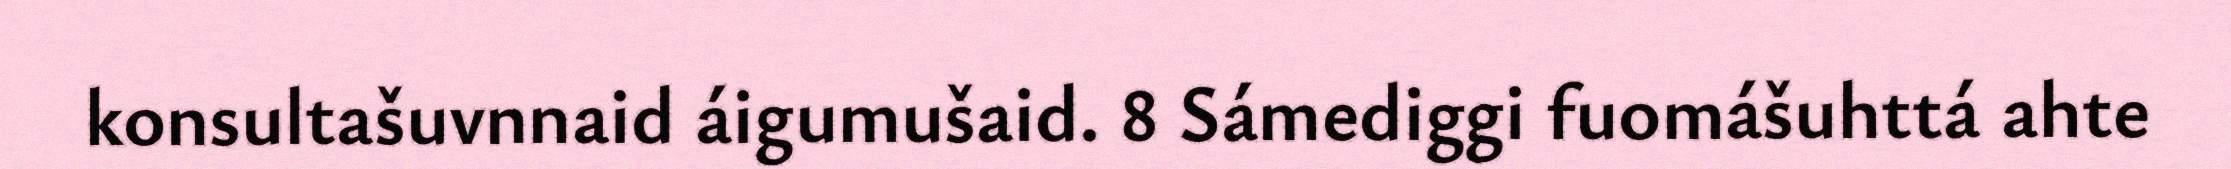
konsultašuvnnaid áigumušaid. 8 Sámediggi fuomášuhttá ahte